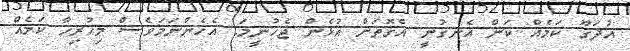
އުދަގޫ ކަމެއް ކަން އެނގުނީ އެގޮތަށް އުޅެން ޖެހުނީމަ. އެހެންނަމަވެސް މިހުރިހާ ކަމެއް